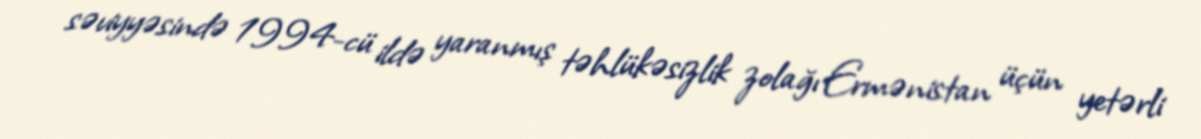
səviyyəsində 1994-cü ildə yaranmış təhlükəsizlik zolağı Ermənistan üçün yetərli